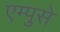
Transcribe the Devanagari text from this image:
एम्पुसे